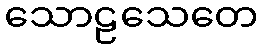
သောဠသေတေ